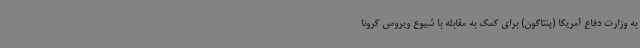
به وزارت دفاع آمریکا (پنتاگون) برای کمک به مقابله با شیوع ویروس کرونا